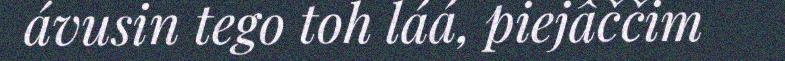
ávusin tego toh láá, piejâččim